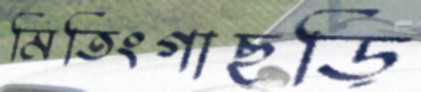
মিতিংগাছড়ি